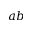
a b